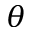
\theta